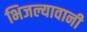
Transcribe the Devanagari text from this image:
भिजल्यावानी